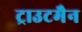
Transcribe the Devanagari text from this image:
ट्राउटमैन